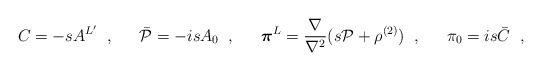
\begin{align*}C=-sA^{L'}\;\; , \;\;\hspace{1em} \bar{{\cal P}}=-isA_{0} \;\; , \;\; \hspace{1em}\mbox{\boldmath $\pi$}^L=\frac{\nabla}{\nabla^2}(s{\cal P}+\rho^{(2)})\;\; , \;\; \hspace{1em}\pi_0=is\bar{C}\;\; ,\end{align*}